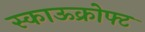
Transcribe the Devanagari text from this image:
स्काऊक्रोफ्ट